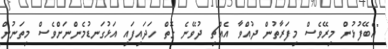
"އެބޭފުޅުން މިރޭވެސް މިފަރާތުން ދުއްވާ އެއްޗި ދުވޭނެ ގޮތް ހަދައިފައި އަޅުގަނޑުމެންނަށްވެސް މިތަނުން